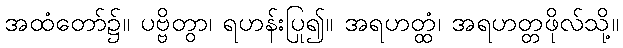
အထံတော်၌။ ပဗ္ဗိတွာ၊ ရဟန်းပြု၍။ အရဟတ္ထံ၊ အရဟတ္တဖိုလ်သို့။